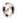
0